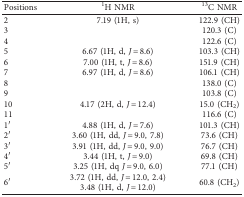
<table><thead><tr><td><b>Positions</b></td><td><b><sup>1</sup>H NMR</b></td><td><b><sup>13</sup>C NMR</b></td></tr></thead><tbody><tr><td>2</td><td>7.19 (1H, s)</td><td>122.9 (CH)</td></tr><tr><td>3</td><td> </td><td>120.3 (C)</td></tr><tr><td>4</td><td> </td><td>122.6 (C)</td></tr><tr><td>5</td><td>6.67 (1H, d, <i>J</i> = 8.6)</td><td>103.3 (CH)</td></tr><tr><td>6</td><td>7.00 (1H, t, <i>J</i> = 8.6)</td><td>151.9 (CH)</td></tr><tr><td>7</td><td>6.97 (1H, d, <i>J</i> = 8.6)</td><td>106.1 (CH)</td></tr><tr><td>8</td><td> </td><td>138.0 (C)</td></tr><tr><td>9</td><td> </td><td>103.8 (C)</td></tr><tr><td>10</td><td>4.17 (2H, d, <i>J</i> = 12.4)</td><td>15.0 (CH<sub>2</sub>)</td></tr><tr><td>11</td><td> </td><td>116.6 (C)</td></tr><tr><td>1′</td><td>4.88 (1H, d, <i>J</i> = 7.6)</td><td>101.3 (CH)</td></tr><tr><td>2′</td><td>3.60 (1H, dd, <i>J</i> = 9.0, 7.8)</td><td>73.6 (CH)</td></tr><tr><td>3′</td><td>3.91 (1H, dd, <i>J</i> = 9.0, 9.0)</td><td>76.7 (CH)</td></tr><tr><td>4′</td><td>3.44 (1H, t, <i>J</i> = 9.0)</td><td>69.8 (CH)</td></tr><tr><td>5′</td><td>3.25 (1H, dq <i>J</i> = 9.0, 6.0)</td><td>77.1 (CH)</td></tr><tr><td rowspan="2">6′</td><td>3.72 (1H, dd, <i>J</i> = 12.0, 2.4)</td><td rowspan="2">60.8 (CH<sub>2</sub>)</td></tr><tr><td>3.48 (1H, d, <i>J</i> = 12.0)</td></tr></tbody></table>